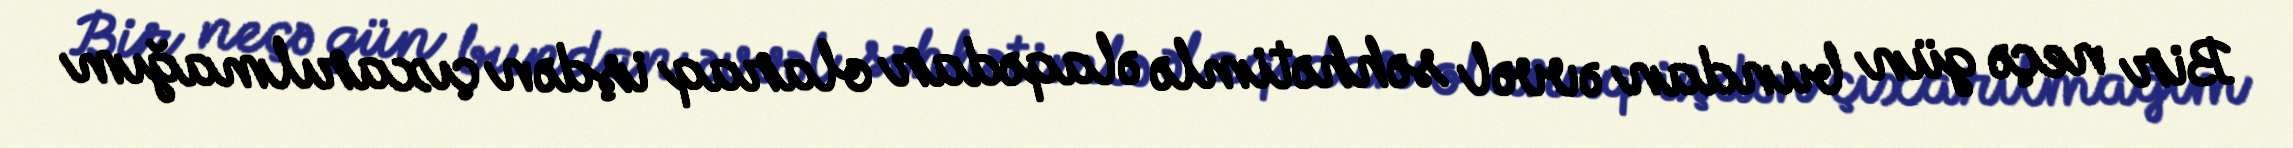
Bir neçə gün bundan əvvəl səhhətimlə əlaqədar olaraq işdən çıxarılmağım